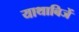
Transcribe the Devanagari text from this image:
याथाबिजें